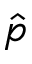
\hat { p }